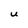
Character: U